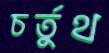
চর্তুথ